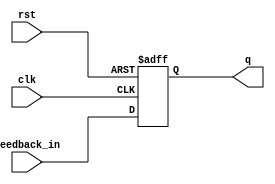
module feedback_register (
    input wire clk,                // Clock signal
    input wire rst,                // Asynchronous reset signal
    input wire feedback_in,        // Feedback input
    output reg q                  // Output (current state of the register)
);

// Always block triggered on the clock edge
always @(posedge clk or posedge rst) begin
    if (rst) begin
        q <= 1'b0;                // Clear register to 0 on reset
    end else begin
        q <= feedback_in;         // Capture feedback input on clock edge
    end
end

endmodule